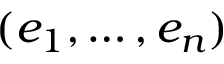
( e _ { 1 } , \dots , e _ { n } )